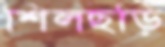
শিলছড়ি